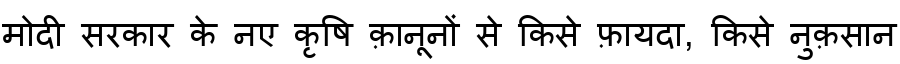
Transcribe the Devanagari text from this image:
मोदी सरकार के नए कृषि क़ानूनों से किसे फ़ायदा, किसे नुक़सान